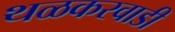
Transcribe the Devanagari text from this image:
थळकरवाडी